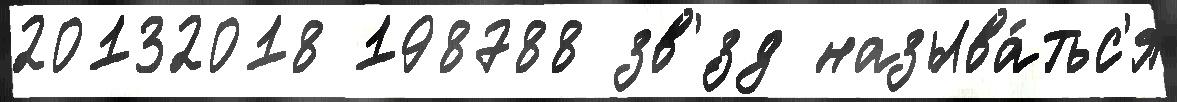
20132018 198788 зв'́зд называ́тьс'я